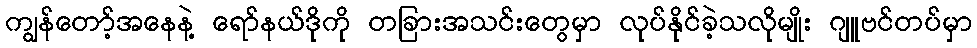
ကျွန်တော့်အနေနဲ့ ရော်နယ်ဒိုကို တခြားအသင်းတွေမှာ လုပ်နိုင်ခဲ့သလိုမျိုး ဂျူဗင်တပ်မှာ